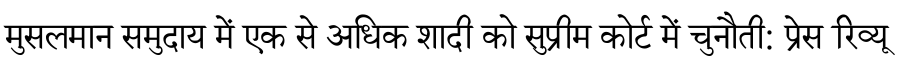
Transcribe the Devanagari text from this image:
मुसलमान समुदाय में एक से अधिक शादी को सुप्रीम कोर्ट में चुनौती: प्रेस रिव्यू